Annual administration report of the Civil Veterinary Department of India - 1894-1895
Year: 1894
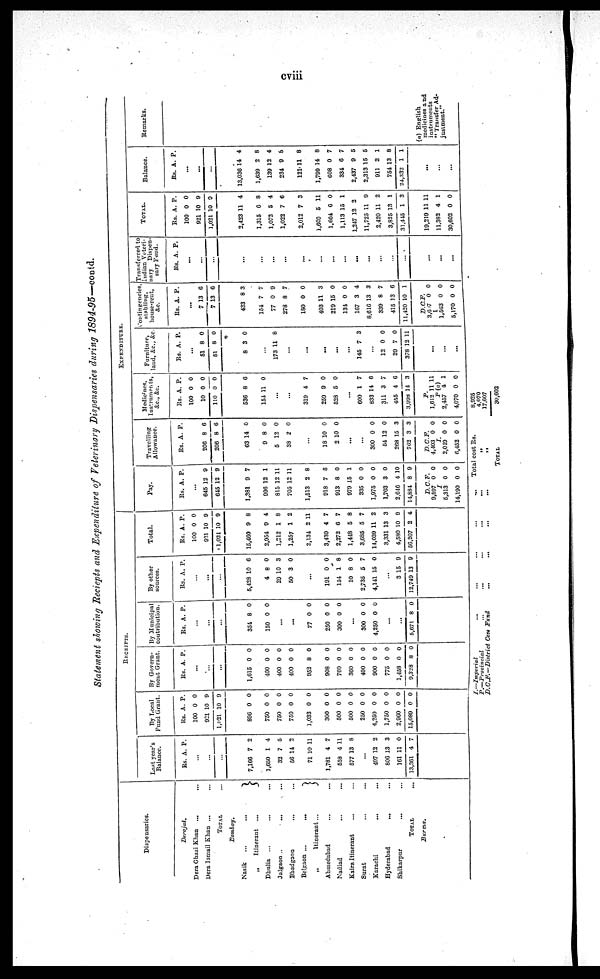
cviii
Statement Showing Reciepts and Expenditure of Veterinary Dispensaries during 1894-95—contd.
Dispensaries.
Derajat.
Dera Ghazi Khan ... ...
Dera Ismail Khan ... ...
TOTAL ...
Bombay.
Nasik
...
...
„
Itinerant
...
Dhulia ... ... ...
Jalgaon.
...
...
Bhadgaon
...
...
Belgaon ... ...
„
Itinerant...
Ahmedabad
...
...
Nadiad ... ...
Kaira Itinerant ... ...
Surat ... ...
Karachi
...
...
Hyderabad
...
Shikarpur ... ...
TOTAL
...
Burma.
RECEIPTS.
Last year's
Balance.
Rs. A. P.
...
...
...
7,166
1,650
32
56
71
1,781
558
577
7
1
7
14
10
4
4
13
2
4
5
2
11
7
11
8
...
497
806
161
13,361
13
13
11
4
2
3
0
7
By Local
Fund Grant.
Rs.
100
921
1,02l
A.
0
10
10
P.
0
0
9
896
750
750
750
1,033
300
500
500
250
4,250
1,750
2,900
15,089
0
0
0
0
0
0
0
0
0
0
0
0
0
0
0
0
0
0
0
0
0
0
0
0
0
0
By Govern-
ment Grant.
Rs. A. P.
...
...
...
1,615
400
400
400
952
908
760
360
400
900
775
1,458
9,328
0
0
0
0
8
0
0
0
0
0
0
0
8
0
0
0
0
0
0
0
0
0
0
0
0
0
By Municipal
contribution.
Rs. A. P.
...
...
...
354
150
8
0
0
0
...
...
77
250
300
0
0
0
0
0
0
...
300
4,250
0
0
0
0
...
...
5,671 8 0
By other
sources.
Rs. A. P.
...
...
...
5,428
4
29
50
10
8
10
3
6
0
3
0
...
191
154
10
2,735
4,141
0
1
8
5
15
0
8
0
7
0
...
3
12,749
15
13
9
9
Total.
Rs.
100
921
1,021
A.
0
10
10
P.
0
9
9
15,460
2,954
1,212
1,257
2,134
3,430
2,272
1,448
3,685
14,039
3,331
4,580
56,207
9
9
1
1
3
4
6
5
5
11
13
10
2
8
4
8
2
11
7
7
8
7
2
3
9
4
EXPENDITURE.
Pay.
Rs. A. P.
...
645
645
12
12
9
9
1,381
996
815
705
1,513
918
913
979
335
1,975
1,703
2,646
14,884
9
12
12
12
2
7
8
15
0
0
3
4
8
7
1
11
11
8
8
0
1
0
0
0
10
9
D.C.F.
9,597
I
5,313
14,190
0
0
0
0
0
0
Travelling
Allowance.
Rs. A. P.
206
206
8
8
6
6
03
0
5
38
14
8
12
2
0
0
0
0
18
2
10
10
0
0
...
...
300
64
268
762
0
12
15
3
0
0
3
3
D.C.F.
4,103
I
2,019
6,452
0
0
0
0
0
0
Medicines,
Instruments,
&c., &c.
Rs.
100
10
110
A,
0
0
0
P.
0
0
0
536
154
8
11
8
0
...
...
319
259
528
4
9
5
7
0
0
...
600
833
311
455
3,998
1
14
3
4
14
7
6
7
6
3
P.
1,012
P
2,457
4,070
11
(a)
4
0
11
1
0
Furniture,
laud, &c., &c.
Rs. A. P.
....
61
61
8
8
0
0
8 3 0
173 11 8
...
...
...
...
145 7 3
...
12
39
378
0
7
12 1
0
0
1
...
...
...
ontingencies,
stabling,
house-rent,
&c.
Rs. A. P.
...
7
7
13
13
6
6
433
154
77
278
180
403
219
134
167
8,616
339
415
11,420
8
7
0
8
0
11
15
0
3
13
8
3
10
3
7
9
7
0
3
0
0
4
3
7
6
1
D.C.F.
3,6 7
I
1,503
5,170
0
0
0
0
0
0
Transferred to
Indian Veteri-
nary Dispen-
sary
Fund.
Rs. A. P.
...
...
...
...
...
...
...
...
...
...
...
...
...
...
...
...
...
...
...
TOTAL
Rs.
100
921
1,021
A.
0
10
10
P.
0
9
9
2,423
1,315
1,072
1,022
2,012
1,600
1,664
1,113
1,247
11,725
2,420
3,825
31,445
11
6
5
7
7
5
6
15
12
11
11
13
1
4
8
4
6
3
11
0
1
2
9
2
1
3
19,219
11,332
30,602
11
4
0
11
1
0
Balance.
Rs. A. P.
...
...
...
13,036
1,639
139
234
121
1,799
608
334
2,437
2,313
911
754
24,332
14
2
12
9
11
14
0
6
9
15
2
13
1
4
8
4
8
8
8
7
7
5
5
1
8
1
...
...
...
Remarks.
(a) English
medicines and
instruments
" Transfer Ad-
justment."
I.—Imperial
...
...
...
...
P.—Provincial
...
...
.,.
...
...
D.C.F.—District
Cess
Fund
...
...
...
Total cost Rs.
„
..
TOTAL
8,925
4,070
17,607
30,602